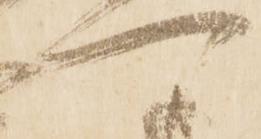
可